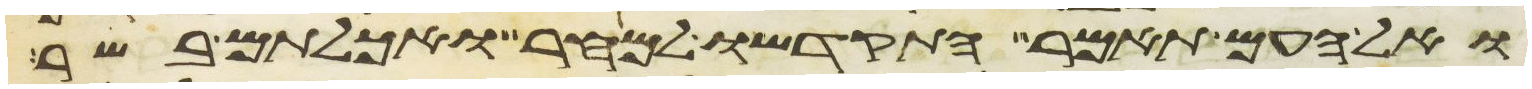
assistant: ואל העם תאמר התקדשו למחר ואכלתם בשר